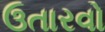
ઉતારવો